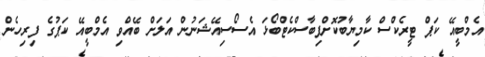
އެމްބީއޭ ކަޕް ޓީރެކްސް ކާމިޔާބުކޮށްފިބާސްކެޓްބޯޅަ އެސޯސިއޭޝަނުން އަލަށް ބޭއްވި އެމްބީއޭ ކަޕުގެ ފިރިހެން